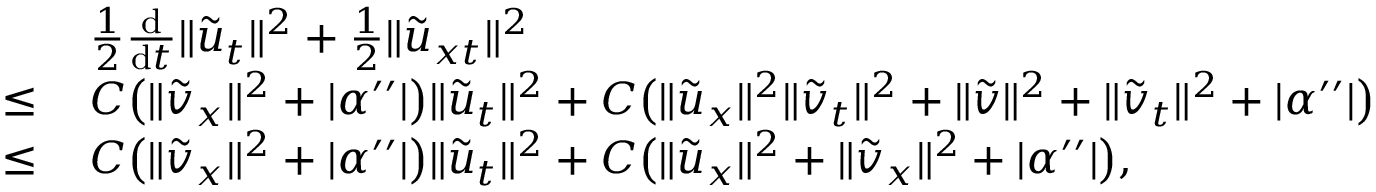
\begin{array} { r l } & { \, \frac 1 2 \frac { \mathrm { d } } { \mathrm { d } t } \| \tilde { u } _ { t } \| ^ { 2 } + \frac 1 2 \| { \tilde { u } } _ { x t } \| ^ { 2 } } \\ { \le } & { \, C \big ( \| { \tilde { v } } _ { x } \| ^ { 2 } + | \alpha ^ { \prime \prime } | \big ) \| { \tilde { u } } _ { t } \| ^ { 2 } + C \big ( \| { \tilde { u } } _ { x } \| ^ { 2 } \| { \tilde { v } } _ { t } \| ^ { 2 } + \| { \tilde { v } } \| ^ { 2 } + \| { \tilde { v } } _ { t } \| ^ { 2 } + | \alpha ^ { \prime \prime } | \big ) } \\ { \le } & { \, C \big ( \| { \tilde { v } } _ { x } \| ^ { 2 } + | \alpha ^ { \prime \prime } | \big ) \| { \tilde { u } } _ { t } \| ^ { 2 } + C \big ( \| { \tilde { u } } _ { x } \| ^ { 2 } + \| { \tilde { v } } _ { x } \| ^ { 2 } + | \alpha ^ { \prime \prime } | \big ) , } \end{array}